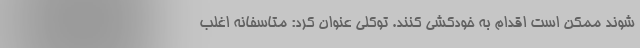
شوند ممکن است اقدام به خودکشی کنند. توکلی عنوان کرد: متاسفانه اغلب